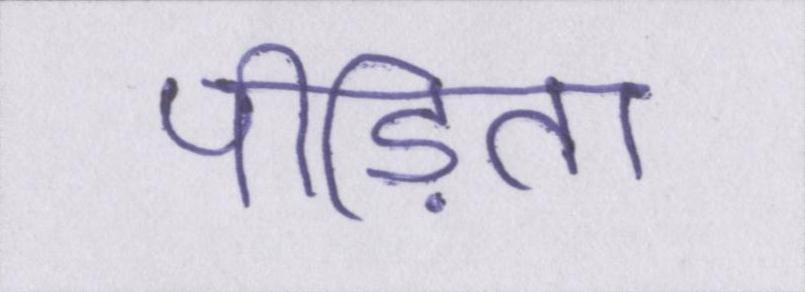
पीड़िता